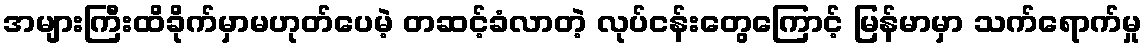
အများကြီးထိခိုက်မှာမဟုတ်ပေမဲ့ တဆင့်ခံလာတဲ့ လုပ်ငန်းတွေကြောင့် မြန်မာမှာ သက်ရောက်မှု